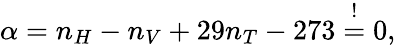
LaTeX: \alpha=n_{H}-n_{V}+29n_{T}-273\stackrel{!}{=}0,